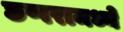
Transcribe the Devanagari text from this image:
छप्परामध्ये